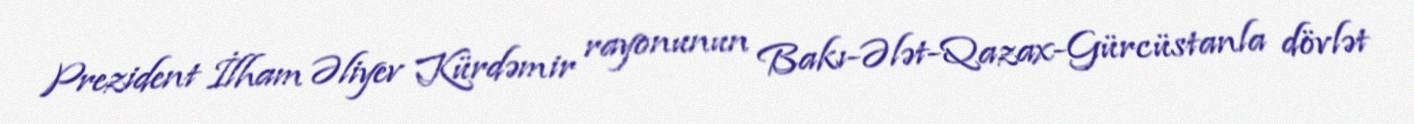
Prezident İlham Əliyev Kürdəmir rayonunun Bakı-Ələt-Qazax-Gürcüstanla dövlət